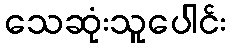
သေဆုံးသူပေါင်း